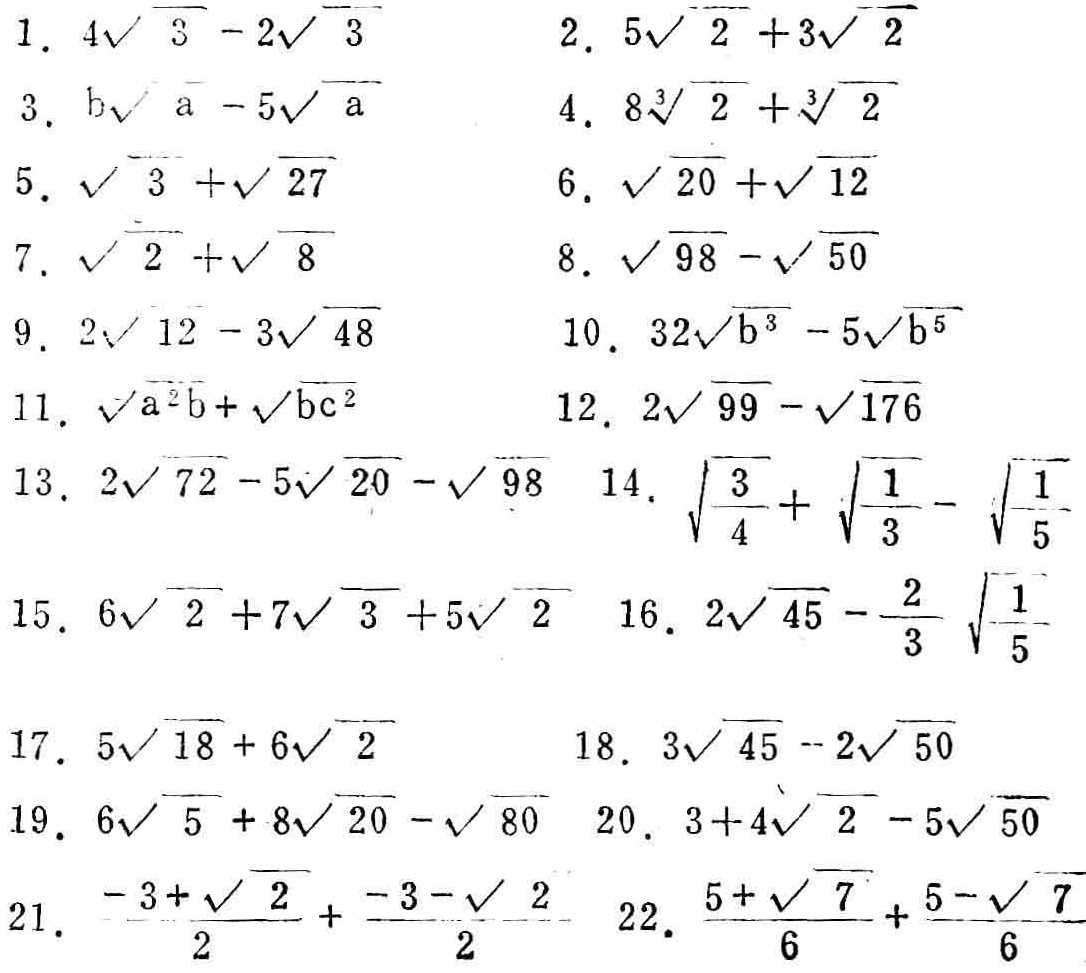
1. \(4\sqrt{3}-2\sqrt{3}\)
2. \(5\sqrt{2}+3\sqrt{2}\)
3. \(b\sqrt{a}-5\sqrt{a}\)
4. \(8\sqrt{3}+2\sqrt{3}\)
5. \(3\sqrt{27}+\sqrt{27}\)
6. \(\sqrt{20}+\sqrt{12}\)
7. \(2\sqrt{8}+\sqrt{8}\)
8. \(\sqrt{98}-\sqrt{50}\)
9. \(2\sqrt{12}-3\sqrt{48}\)
10. \(32\sqrt{b^{3}}-5\sqrt{b^{3}}\)
11. \(\sqrt{a^{2}b}+\sqrt{bc^{2}}\)
12. \(2\sqrt{99}-\sqrt{176}\)
13. \(2\sqrt{72}-5\sqrt{20}-\sqrt{98}\)
14. \(\sqrt{4}+\sqrt{3}+\sqrt{1}-\sqrt{5}\)
15. \(6\sqrt{2}+7\sqrt{3}+5\sqrt{2}\)
16. \(2\sqrt{45}-2\sqrt{3}-\sqrt{5}\)
17. \(5\sqrt{18}+6\sqrt{2}\)
18. \(3\sqrt{45}-2\sqrt{50}\)
19. \(6\sqrt{5}+8\sqrt{20}-\sqrt{80}\)
20. \(3\sqrt{4}+4\sqrt{5}-2\sqrt{7}\)
21. \(-3\sqrt{2}+3\sqrt{2}-2\sqrt{2}\)
22. \(5\sqrt{6}+\sqrt{7}+6\sqrt{6}\)